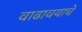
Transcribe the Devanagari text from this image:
वाढावयाचे